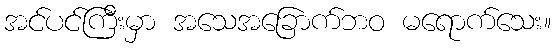
အင်ပင်ကြီးမှာ အသေအခြောက်ဘဝ မရောက်သေး။